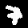
Digit: 7